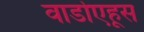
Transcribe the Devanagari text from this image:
वार्डोएहूस